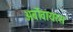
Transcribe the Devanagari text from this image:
अर्बोवायरस